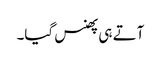
آتے ہی پھنس گیا۔